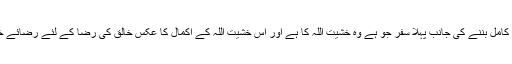
حقیقت حق کا ظل کامل بننے کی جانب پہلا سفر جو ہے وہ خشیت اللہ کا ہے اور اس خشیت اللہ کے اکمال کا عکس خالق کی رضا کے لئے رضائے خلق کی تلاش ہے۔